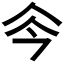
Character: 𠇏